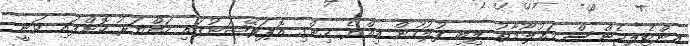
އިންޓެލިޖެންސް މައުލޫމާތު ލިބި ފުލުހުން އިއްޔެ ހިންގި އޮޕަރޭޝަނުގައި ހައްޔަރު ކޮށްފައި ވަނީ